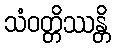
သံဝတ္တိဿန္တိ